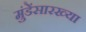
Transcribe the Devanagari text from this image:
मुंडेंसारख्या